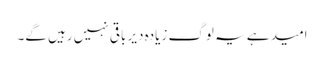
امید ہے یہ لوگ زیادہ دیر باقی نہیں رہیں گے۔